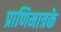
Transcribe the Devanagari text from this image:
प्राणिमात्रके